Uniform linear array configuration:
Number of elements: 12
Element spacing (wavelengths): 1
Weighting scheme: exponential
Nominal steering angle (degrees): -60
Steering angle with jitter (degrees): -58.48
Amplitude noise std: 0.05
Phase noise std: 0.05

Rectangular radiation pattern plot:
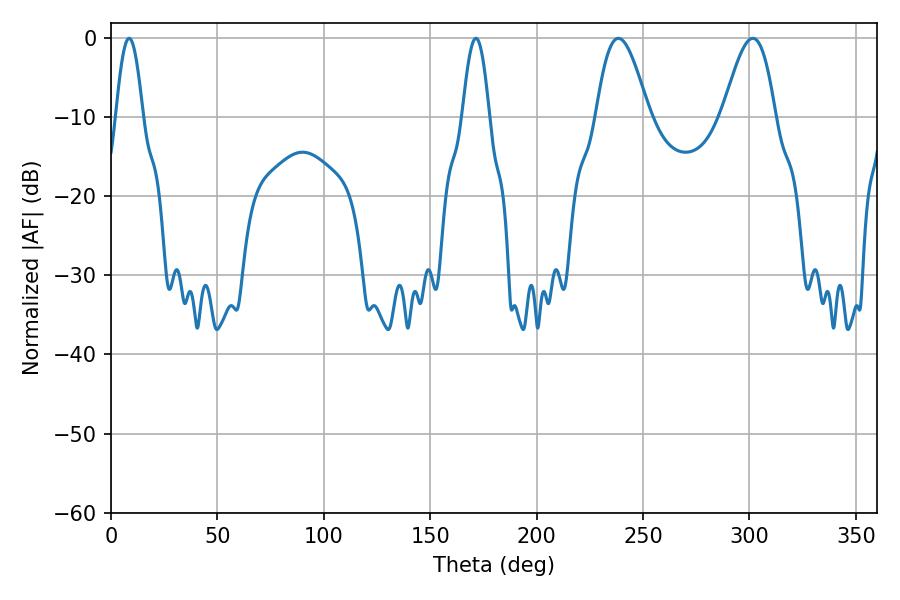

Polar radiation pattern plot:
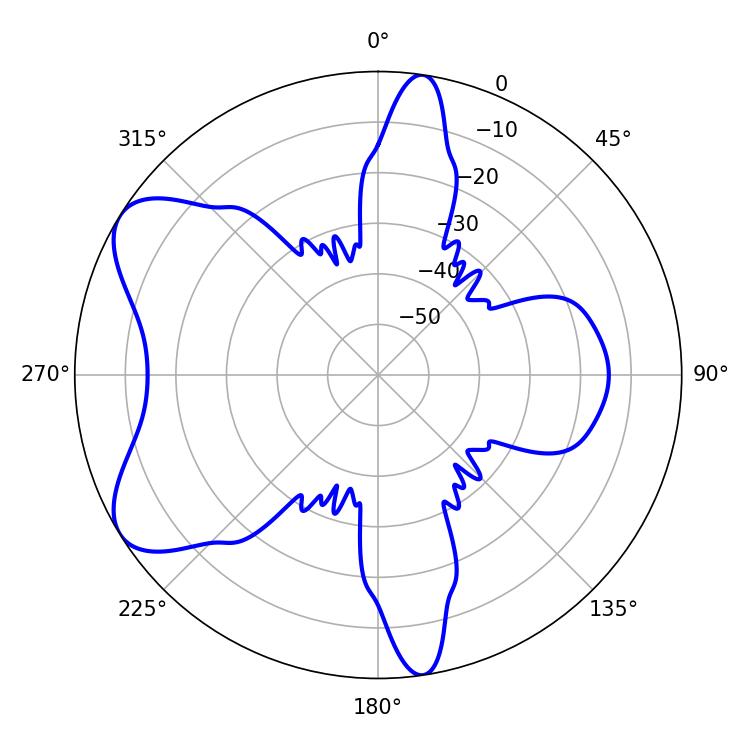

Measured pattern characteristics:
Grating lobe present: TRUE
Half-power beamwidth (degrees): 13.32
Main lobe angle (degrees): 238.5